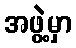
အဖွဲ့မှာ